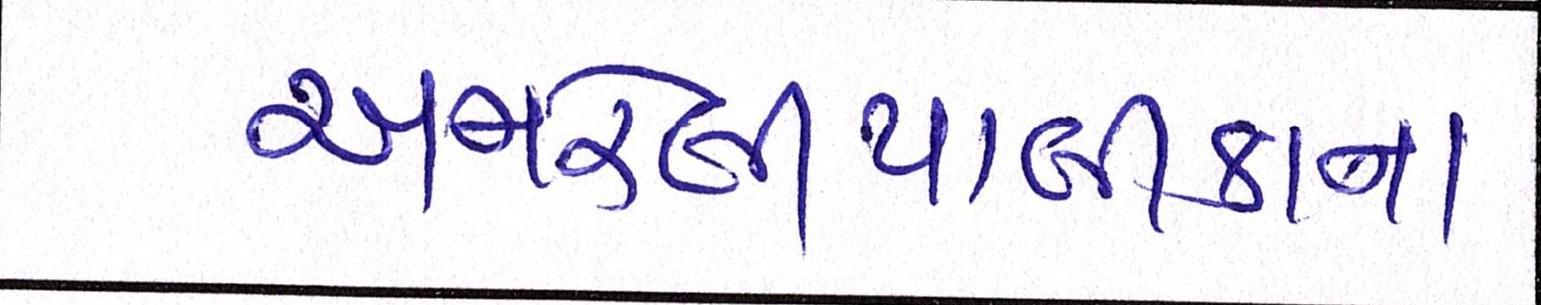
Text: અમરેલીપાલીકાના